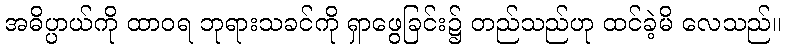
အဓိပ္ပာယ်ကို ထာဝရ ဘုရားသခင်ကို ရှာဖွေခြင်း၌ တည်သည်ဟု ထင်ခဲ့မိ လေသည်။